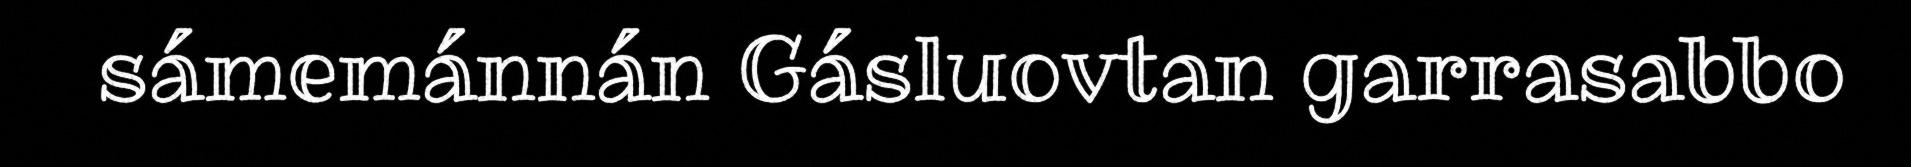
sámemánnán Gásluovtan garrasabbo